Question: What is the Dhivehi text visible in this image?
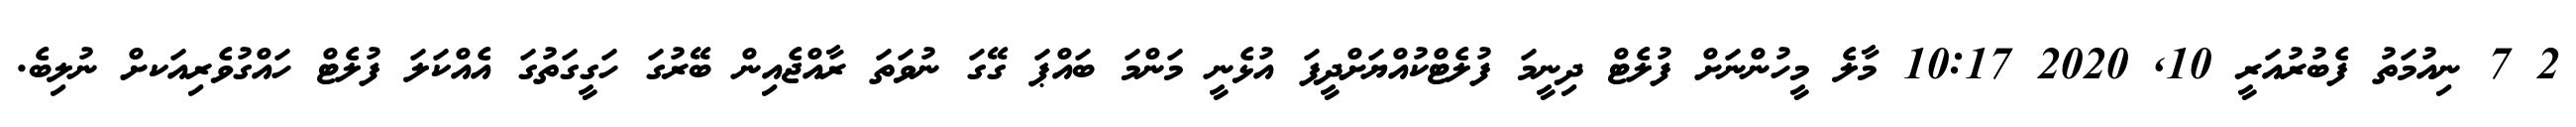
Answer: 2 7 ނިއުމަތު ފެބުރުއަރީ 10, 2020 10:17 މާލެ މީހުންނަށް ފުލެޓް ދިނީމަ ފުލެޓްކުއްޔަށްދީފަ އުޅެނީ މަންމަ ބައްޕަ ގޭގަ ނުވަތަ ރާއްޖެއިން ބޭރުގަ ހަގީގަތުގަ އެއްކަލަ ފުލެޓް ހައްގުވެރިއަކށް ނުލިބެ.